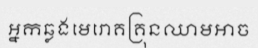
អ្នកឆ្លងមេរោគគ្រុនឈាមអាច